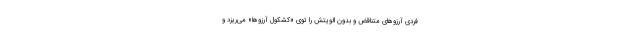
فردی آرزوهای متناقض و بدون الویتش را توی «کشکول آرزوها» می‌ریزد و